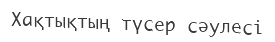
Хақтықтың түсер сәулесі